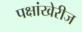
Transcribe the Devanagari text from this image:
पक्षांखेरीज